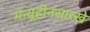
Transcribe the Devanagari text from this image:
मेन्यूहीनसारखे